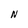
Character: N